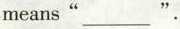
means" ___" .